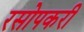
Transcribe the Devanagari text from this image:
रसोपकरी